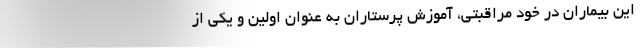
این بیماران در خود مراقبتی، آموزش پرستاران به عنوان اولین و یکی از